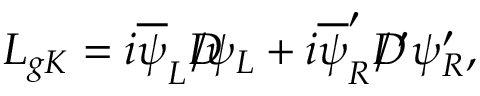
{ \cal L } _ { g K } = i \overline { { { \psi } } } _ { L } D \! \! \! \! / \psi _ { L } + i \overline { { { \psi } } } _ { R } ^ { \prime } D \! \! \! \! / \, ^ { \prime } \psi _ { R } ^ { \prime } ,